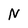
Character: N